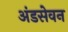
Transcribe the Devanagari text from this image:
अंडसेवन